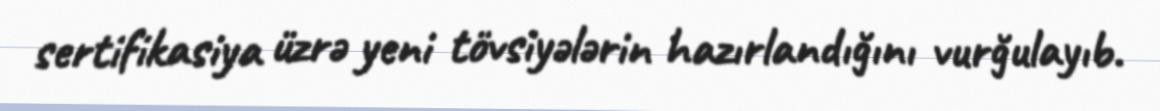
sertifikasiya üzrə yeni tövsiyələrin hazırlandığını vurğulayıb.